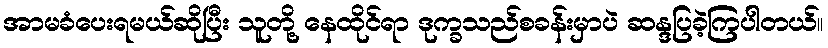
အာမခံပေးရမယ်ဆိုပြီး သူတို့ နေထိုင်ရာ ဒုက္ခသည်စခန်းမှာပဲ ဆန္ဒပြခဲ့ကြပါတယ်။